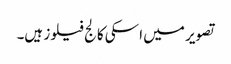
تصویر میں اسکی کالج فیلوز ہیں۔